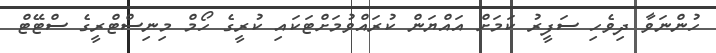
ހުންނަވާ ދިވެހި ސަފީރު ކަމަށް އައްޔަން ކުރައްވުމަށްޓަކައި ކުރީގެ ހޯމް މިނިސްޓްރީގެ ސްޓޭޓް